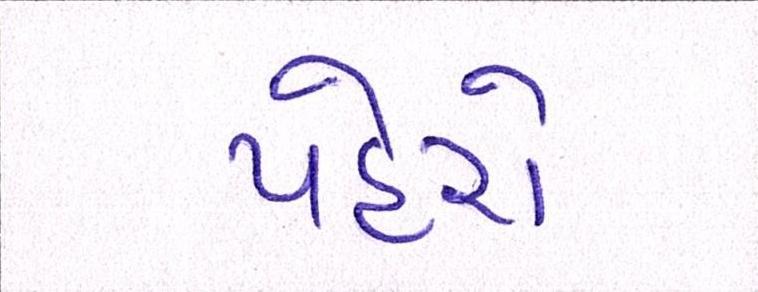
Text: પહેરો